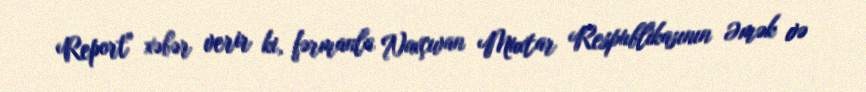
Report" xəbər verir ki, fərmanla Naxçıvan Muxtar Respublikasının Əmək və